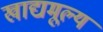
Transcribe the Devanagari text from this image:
खाद्यमूल्य